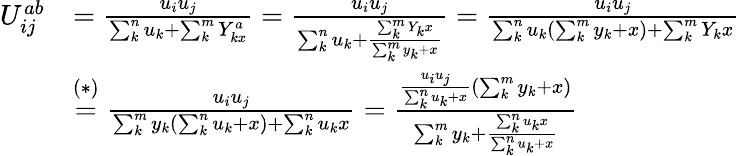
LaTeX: \begin{array}{rl}{U_{ij}^{ab}}&{=\frac{u_{i}{u_{j}}}{\sum_{k}^{n}u_{k}+\sum_{k}^{m}Y_{kx}^{a}}=\frac{u_{i}u_{j}}{\sum_{k}^{n}u_{k}+\frac{\sum_{k}^{m}Y_{k}x}{\sum_{k}^{m}y_{k}+x}}=\frac{u_{i}u_{j}}{\sum_{k}^{n}u_{k}({\sum_{k}^{m}y_{k}+x})+\sum_{k}^{m}Y_{k}x}}\\ &{\stackrel{(*)}{=}\frac{u_{i}u_{j}}{\sum_{k}^{m}y_{k}({\sum_{k}^{n}u_{k}+x})+\sum_{k}^{n}u_{k}x}=\frac{\frac{u_{i}u_{j}}{\sum_{k}^{n}u_{k}+x}(\sum_{k}^{m}y_{k}+x)}{\sum_{k}^{m}y_{k}+\frac{\sum_{k}^{n}u_{k}x}{\sum_{k}^{n}u_{k}+x}}}\end{array}